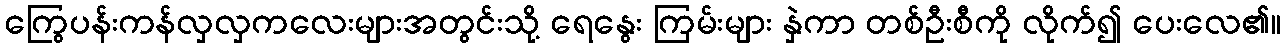
ကြွေပန်းကန်လှလှကလေးများအတွင်းသို့ ရေနွေး ကြမ်းများ နှဲကာ တစ်ဦးစီကို လိုက်၍ ပေးလေ၏။